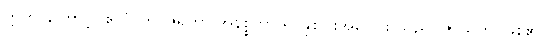
ဣတိ၊ ကြောင့်။ ဧတံ၊ ဤ ဇရတာ အနိစ္စတာ ရုပ်နှစ်ပါးအပေါင်း သည်။ ဇာယတိ၊ ဖြစ်၏။